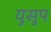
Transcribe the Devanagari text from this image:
युसुप